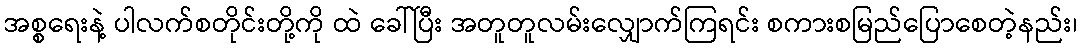
အစ္စရေးနဲ့ ပါလက်စတိုင်းတို့ကို ထဲ ခေါ်ပြီး အတူတူလမ်းလျှောက်ကြရင်း စကားစမြည်ပြောစေတဲ့နည်း၊